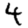
Digit: 4